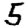
Digit: 5